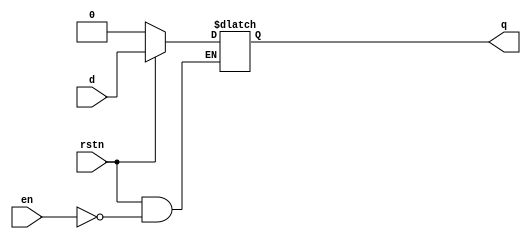
// Code your design here
module d_latch (  input d,           // 1-bit input pin for data
                  input en,          // 1-bit input pin for enabling the latch
                  input rstn,        // 1-bit input pin for active-low reset
                  output reg q);     // 1-bit output pin for data output
 
   // This always block is "always" triggered whenever en/rstn/d changes
   // If reset is asserted then output will be zero
   // Else as long as enable is high, output q follows input d
   always @ (en or rstn or d)
      if (!rstn)
         q <= 0;
      else
         if (en)
            q <= d;
endmodule